[Report on the health of British troops in the Madras command]
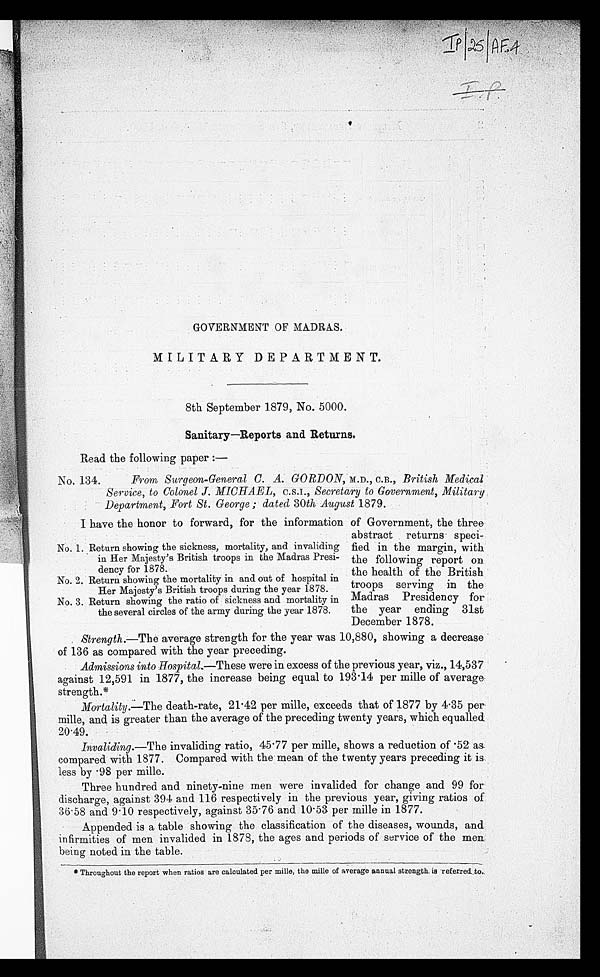
I P | 2 5 | A F . 4
GOVERNMENT OF MADRAS.
MILITARY DEPARTMENT.
8th September 1879, No. 5000.
Sanitary—Reports and Returns.
Read the following paper:—
No. 134. From Surgeon-General C. A. GORDON, M.D., C.B., British Medical
Service, to Colonel J. MICHAEL, C.S.I., Secretary to Government, Military
Department, Fort St. George; dated 30th August 1879.
I have the honor to forward, for the information of Government, the three
abstract returns speci
-fied in the margin, with
the following report on
the health of the British
troops serving in the
Madras Presidency for
the year ending 31st
December 1878.
Strength.—The average strength for the year was 10,880, showing a decrease
of 136 as compared with the year preceding.
Admissions into Hospital.—These were in excess of the previous year, viz., 14,537
against 12,591 in 1877, the increase being equal to 193.14 per mille of average
strength.*
Mortality. —The death-rate, 21·42 per mille, exceeds that of 1877 by 4·35 per.
mille, and is greater than the average of the preceding twenty years, which equalled
20·49.
Invaliding. —The invaliding ratio, 45·77 per mille, shows a reduction of ·52 as
compared with 1877. Compared with the mean of the twenty years preceding it is
less by ·98 per mine.
Three hundred and ninety-nine men were invalided for change and 99 for
discharge, against 394 and 116 respectively in the previous year, giving ratios of
36·58 and 9·10 respectively, against 35·76 and 10·53 per mille in 1877.
Appended is a table showing the classification of the diseases, wounds, and
Infirmities of men invalided in 1878, the ages and periods of service of the men
being noted in the table.
* Throughout the report when ratios are calculated per mille, the mille of average annual strength, is referred to.
No. 1. Return showing the sickness, mortality, and invaliding,
in Her Majesty's British troops in the Madras Presi-
dency for 1878.
No. 2. Return showing the mortality in and out of hospital in
Her Majesty's British troops during the year 1878.
No. 3. Return showing the ratio of sickness and mortality in
the several circles of the army during the year 1878.